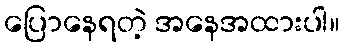
ပြောနေရတဲ့ အနေအထားပါ။